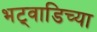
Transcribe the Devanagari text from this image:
भट्वाडिच्या